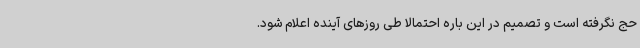
حج نگرفته است و تصمیم در این باره احتمالا طی روزهای آینده اعلام شود.